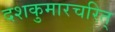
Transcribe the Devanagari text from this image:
दशकुमारचरित्‌